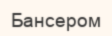
Бансером